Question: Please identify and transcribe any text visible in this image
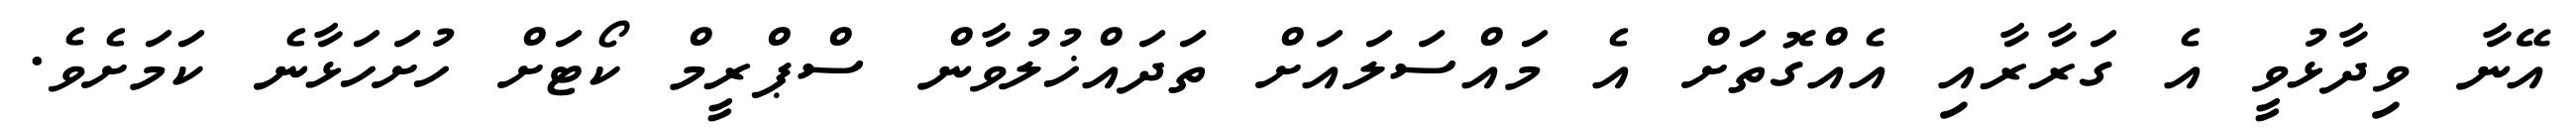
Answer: އޭނާ ވިދާޅުވީ އެ ގަރާރާއި އެއްގޮތަށް އެ މައްސަލައަށް ތަދައްޚުލުވާން ސްޕްރީމް ކޯޓަށް ހުށަހަޅާނެ ކަމަށެވެ.